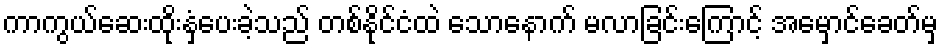
ကာကွယ်ဆေးထိုးနှံပေးခဲ့သည် တစ်နိုင်ငံထဲ သောနောက် မလာခြင်းကြောင့် အမှောင်ခေတ်မှ